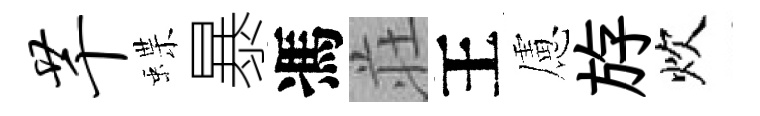
芊蝶暴馮荘王慮斿炊